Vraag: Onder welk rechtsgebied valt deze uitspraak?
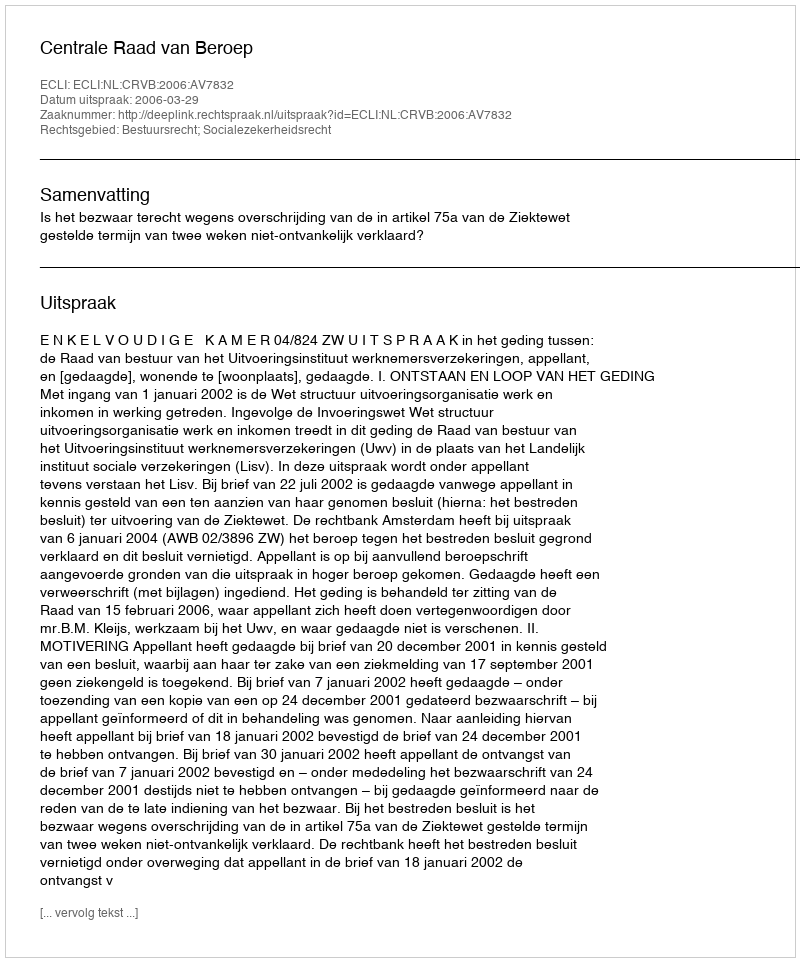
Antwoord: Bestuursrecht; Socialezekerheidsrecht